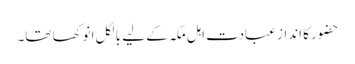
حضور کا انداز عبادت اہل مکہ کے لیے بالکل انوکھا تھا۔